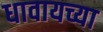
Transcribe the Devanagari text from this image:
धावायच्या